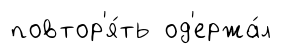
повтор'я́ть од'ержа́л